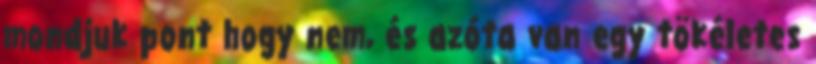
mondjuk pont hogy nem, és azóta van egy tökéletes